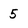
Character: 5